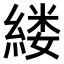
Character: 𫃵